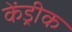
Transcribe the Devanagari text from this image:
केंड्रीक